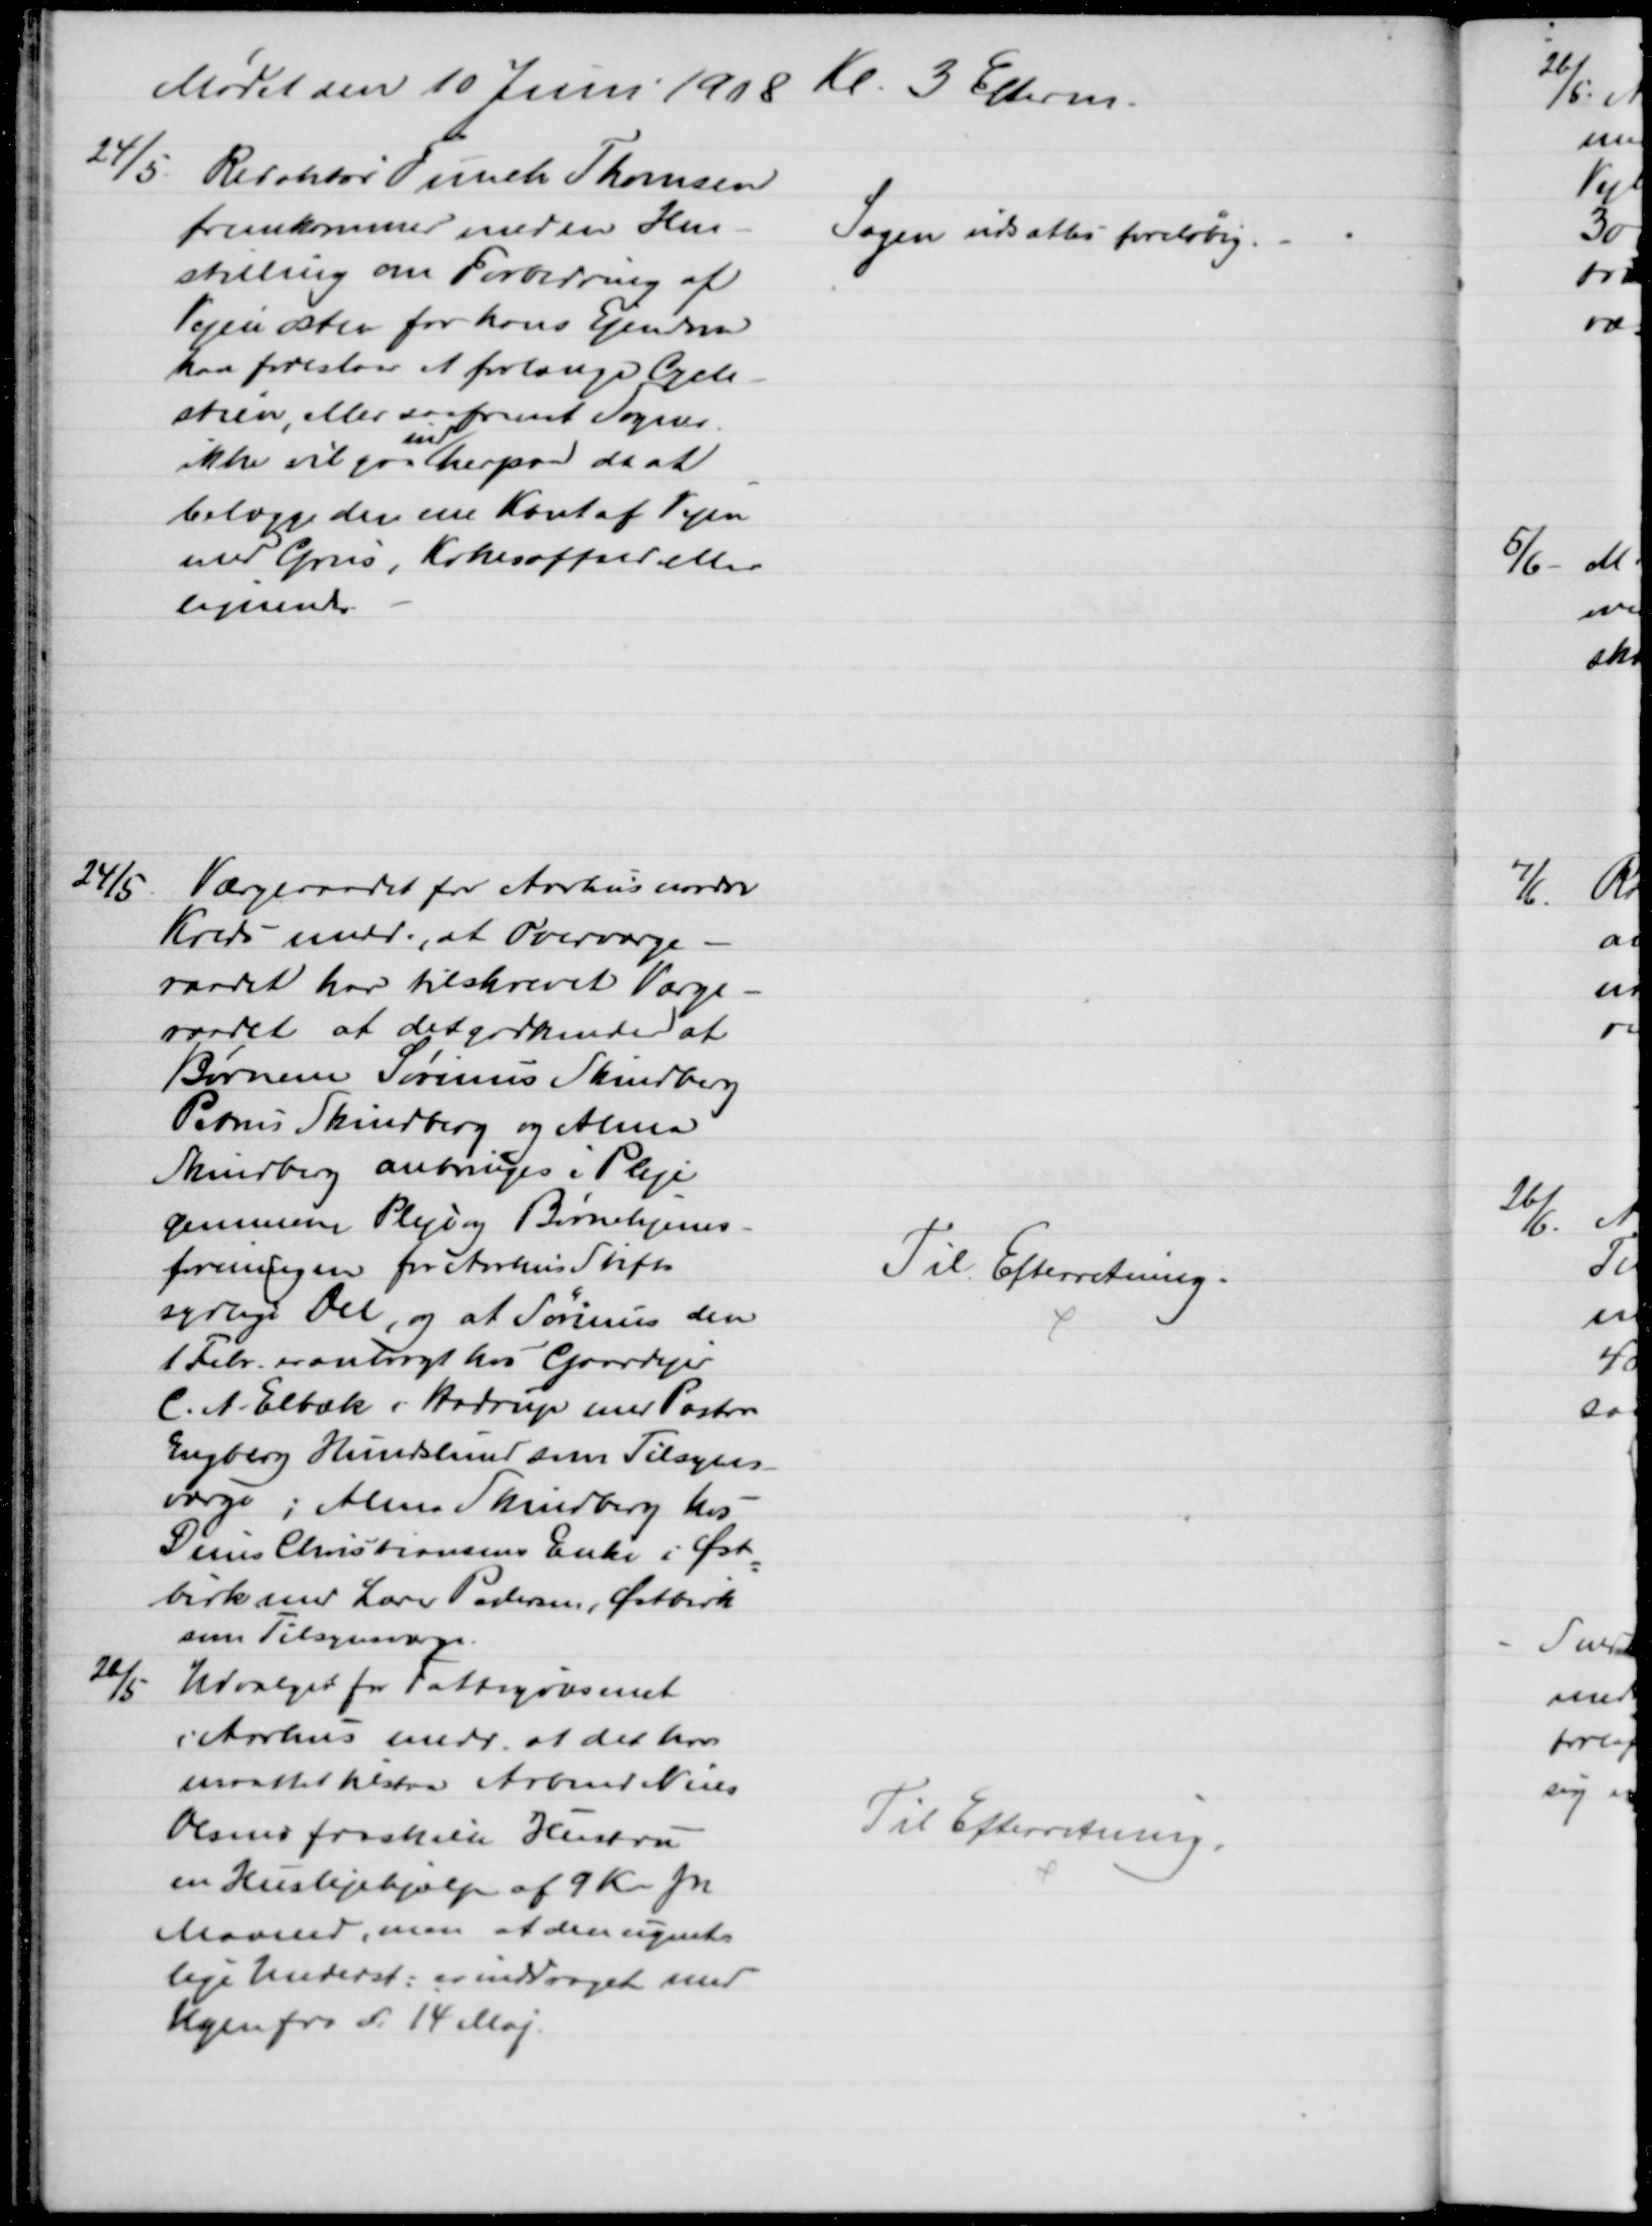
Transskription:
Mødet den 10 Juni 1908 Kl. 3 Efterm.
24/5. Redaktør Funch Thomsen
fremkommer med en Hen-
stilling om Forbedring af
Vejen østen for hans Ejendom
han foreslaar at forlænge Cycle-
stien, eller saafremt Sogner.
ikke vil gaa 
ind
herpaa da at
belægge den ene Kant af Vejen
med Grus, Kokesaffald efter
lignende
Sagen udsattes foreløbig.
24/5
Værgeraadet for Aarhus nordre
Kreds medd., at Overværge-
raadet har tilskrevet Værge-
raadet at det godkender at
Børnene Sørinus Skindberg
Petrus Skindberg og Alma
Skindberg anbringes i Pleje
gennem Pleje og Børnehjems-
foreningen for Aarhus Stifts
sydlige Del, og at Sørinus den
1 Febr. er anbragt hos Gaardejer
C. A. Elbæk i Hadrup med Pastor
Engberg Hundslund som Tilsyns-
værge, Alma Skindberg hos
Denis Christiansens Enke i Øst
=
birk med Lærer Pedersen, Østbrik
som Tilsynsværge.
Til Efterretning.
20/5
Udvalget for Fattigvæsenet
i Aarhus medd. at det har
maattet tilstaa Arbmd Niels
Olsens fraskilte Hustru
en Huslejehjælp af 9 Kr pr
Maaned, men at den ugent-
lige Underst: er inddraget med
Ugen fra d. 14 Maj.
Til Efterretning.